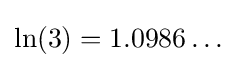
\ln(3)=1.0986\ldots